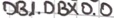
Text: DB1.DBX0.0